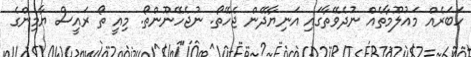
ހަބަރެއް މައުލޫމާތެއް ނުދެވޭތާގައި އަނިޔާދޭން ޖެހޭތޯ. ނުޖެހޭނޫންތޯ. މިއީ ތޯ ރައީސް ޔާމިންގެ